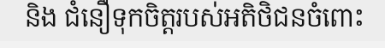
និង ជំនឿទុកចិត្តរបស់អតិថិជនចំពោះ